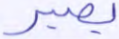
بصير